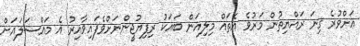
އަށްވުރެ ގިނަ ރައްޔިތުން މަރުވެ އެތައް މިލިއަން ބައަކު ރިފިޔުޖީންނަށްވެފައިވާއިރު އެ މައްސަލައަށް